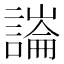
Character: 𧫶